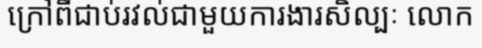
ក្រៅពីជាប់រវល់ជាមួយការងារសិល្បៈ លោក